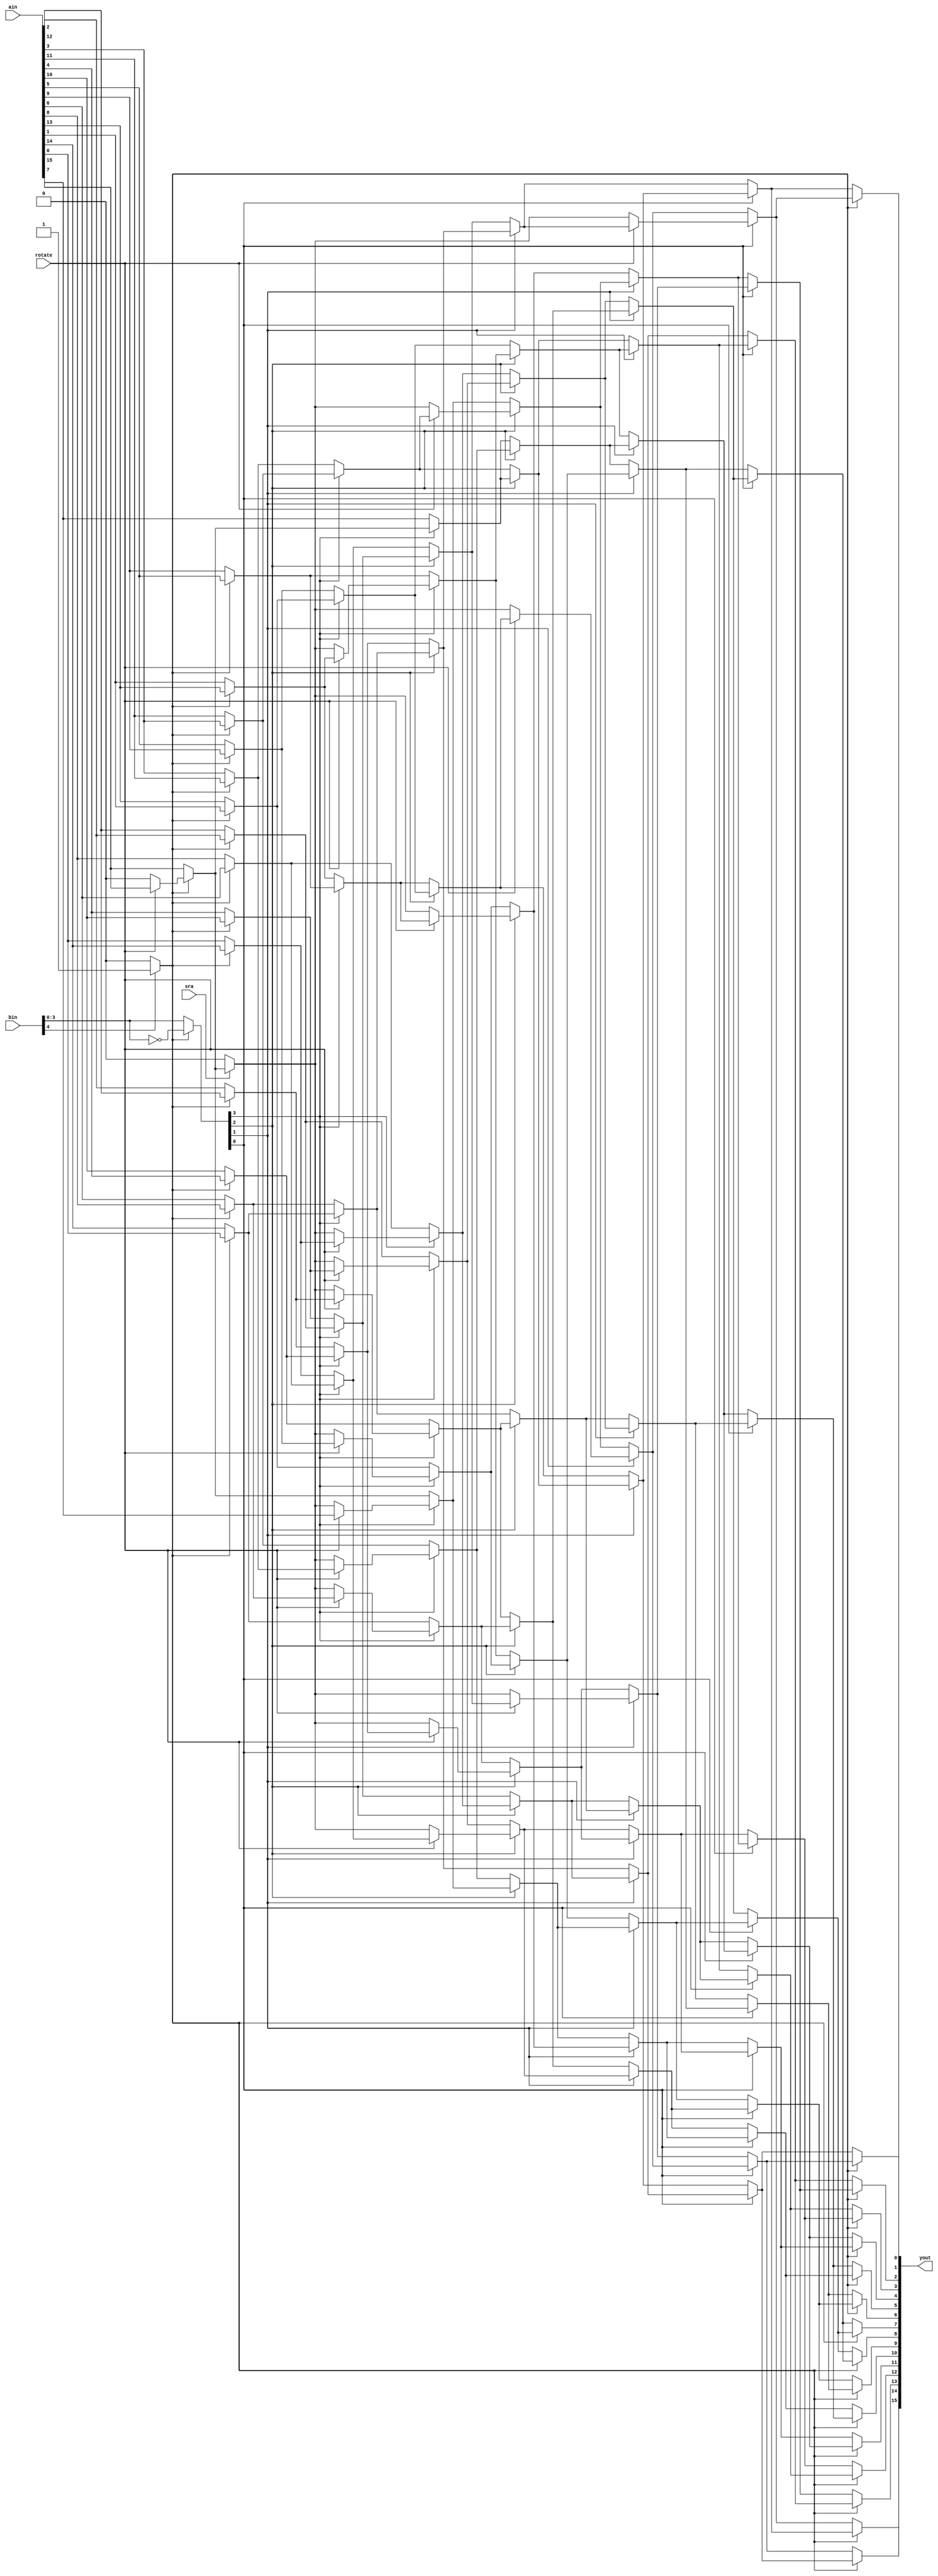
module barrel_shifter
	(
	 output [15:0] yout,
	 input [15:0] ain,
	 input [4:0] bin,
	 input rotate,
	 input sra
    );
	wire [3:0] b;
	wire [15:0] a;
	wire [15:0] y;
	wire s;
	wire [7:0]rb3;
	wire [15:0]b3;
	wire [3:0]rb2;
	wire [15:0]b2;
	wire [1:0]rb1;
	wire [15:0]b1;
	wire rb0;
	wire left;
	assign left = (bin[4])?(1'b1):(1'b0);
	assign b = (left)?(~bin[3:0]):(bin[3:0]);
	genvar m;
	   generate
		for (m=0; m < 15; m=m+1) begin : REVERSE_INPUT
			assign a[m] = (left)?(ain[14-m]):(ain[m]);
		end
   endgenerate
	assign a[15] = (left)?((rotate)?(ain[15]):(1'b0)):(ain[15]);	
	assign s = (sra)?(a[15]):(1'b0);
	genvar c, d, e, f, g, h, i, j;
   generate
		for (d=0; d < 8; d=d+1) begin : ROTATE_B3
			assign rb3[d] = (rotate)?(a[d]):(s);
		end
   endgenerate
   generate
		for (c=0; c < 16; c=c+1) begin : B3
			if(c < 8)
				assign b3[c] = (b[3])?(a[c+8]):(a[c]);
			else
				assign b3[c] = (b[3])?(rb3[c-8]):(a[c]);
		end
   endgenerate
   generate
		for (e=0; e < 4; e=e+1) begin : ROTATE_B2
			assign rb2[e] = (rotate)?(b3[e]):(s);
		end
   endgenerate
   generate
		for (f=0; f < 16; f=f+1) begin : B2
			if(f < 12)
				assign b2[f] = (b[2])?(b3[f+4]):(b3[f]);
			else
				assign b2[f] = (b[2])?(rb2[f-12]):(b3[f]);
		end
   endgenerate
   generate
		for (g=0; g < 2; g=g+1) begin : ROTATE_B1
			assign rb1[g] = (rotate)?(b2[g]):(s);
		end
   endgenerate
   generate
		for (h=0; h < 16; h=h+1) begin : B1
			if(h < 14)
				assign b1[h] = (b[1])?(b2[h+2]):(b2[h]);
			else
				assign b1[h] = (b[1])?(rb1[h-14]):(b2[h]);
		end
   endgenerate
	assign rb0 = (rotate)?(b1[0]):(s);
   generate
		for (j=0; j < 16; j=j+1) begin : B0
			if(j < 15)
				assign y[j] = (b[0])?(b1[j+1]):(b1[j]);
			else
				assign y[j] = (b[0])?(rb0):(b1[j]);
		end
   endgenerate
	genvar n;
	generate
		for (n=0; n < 16; n=n+1) begin : REVERSE_OUTPUT
			assign yout[n] = (left)?(y[15-n]):(y[n]);
		end
   endgenerate
endmodule